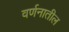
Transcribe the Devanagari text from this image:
वर्णनातील